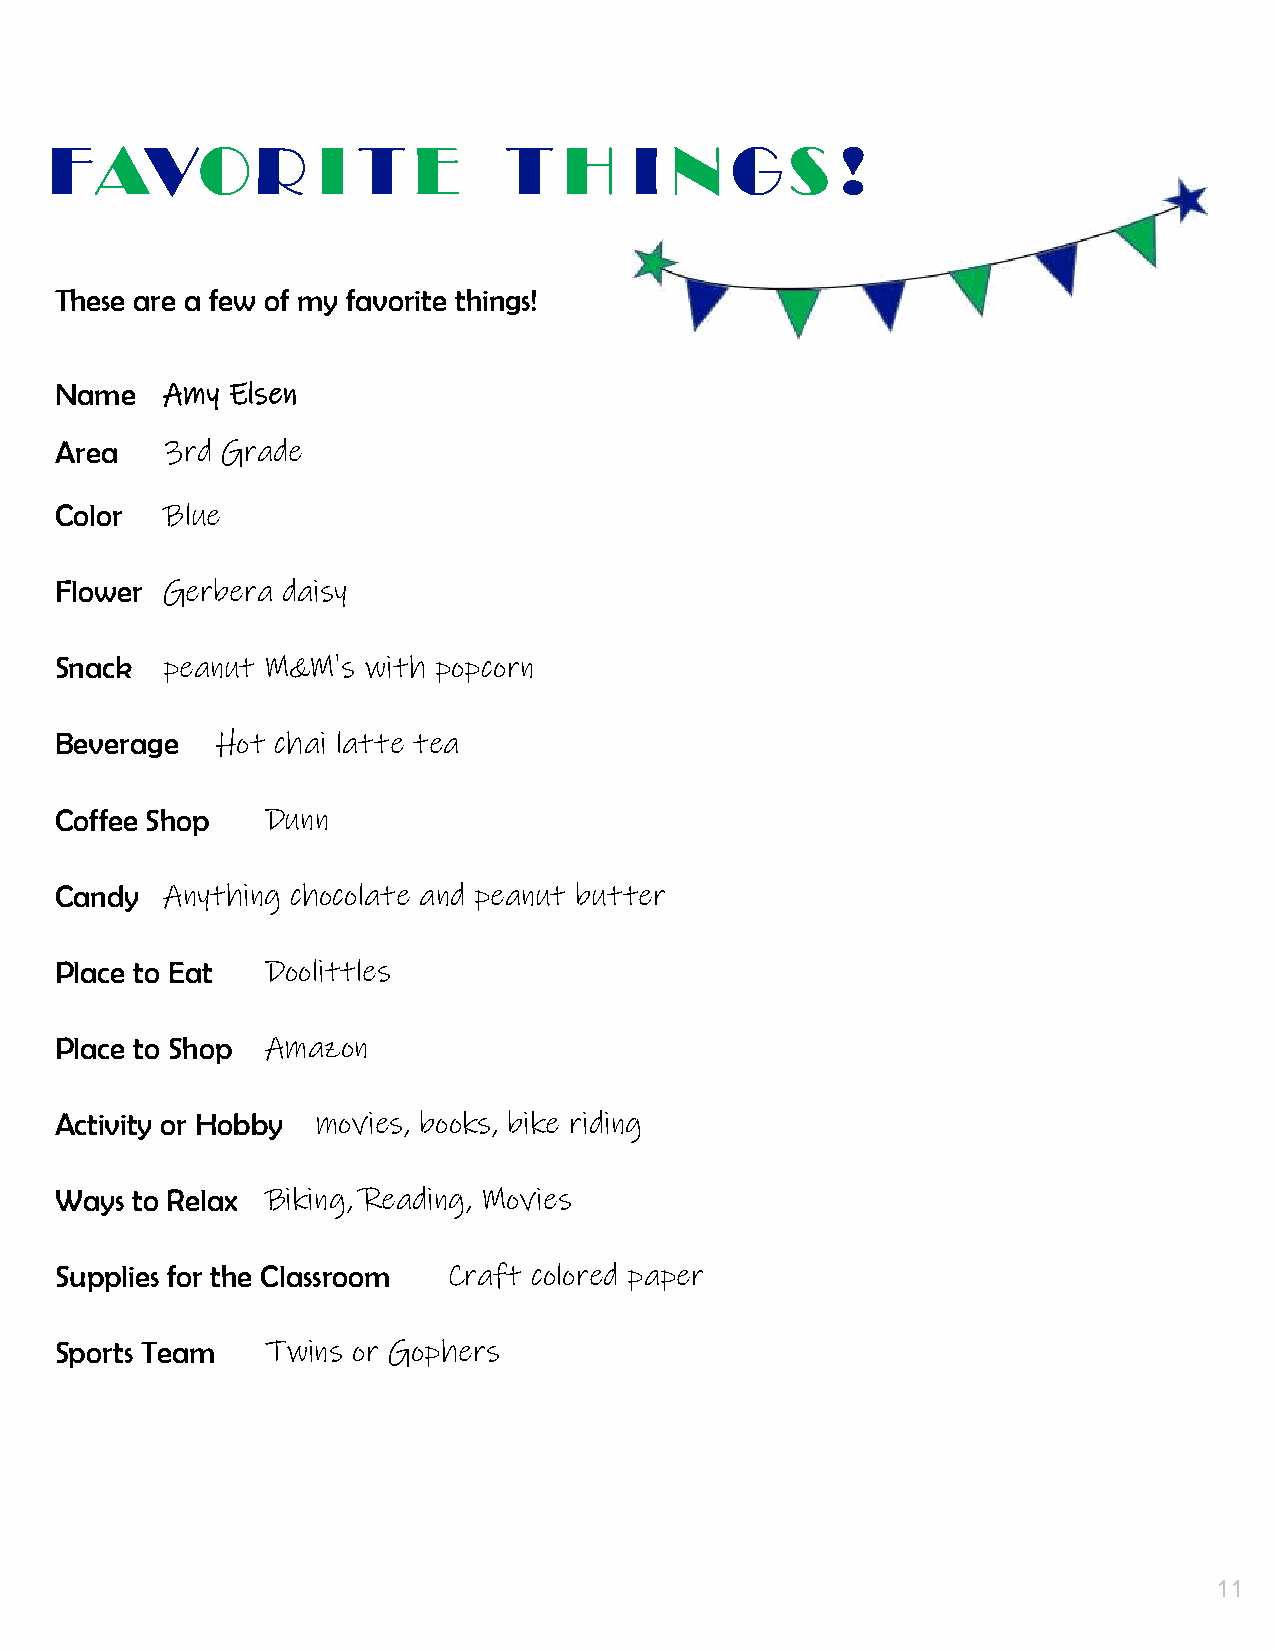
10.
 FAVOR             I  T  E     T   H    I N   GS      !
 These are a few of my favorite things!
 Name   Amy Elsen
 Area   3rd Grade
 Color  Blue
 Flower Gerbera daisy
 Snack  peanut M&M's with popcorn
 Beverage  Hot chai latte tea
 Coffee Shop   Dunn
 Candy  Anything chocolate and peanut butter
 Place to Eat  Doolittles
 Place to Shop Amazon
 Activity or Hobby movies, books, bike riding
 Ways to Relax Biking, Reading, Movies
 Supplies for the Classroom Craft colored paper
 Sports Team   Twins or Gophers
 11